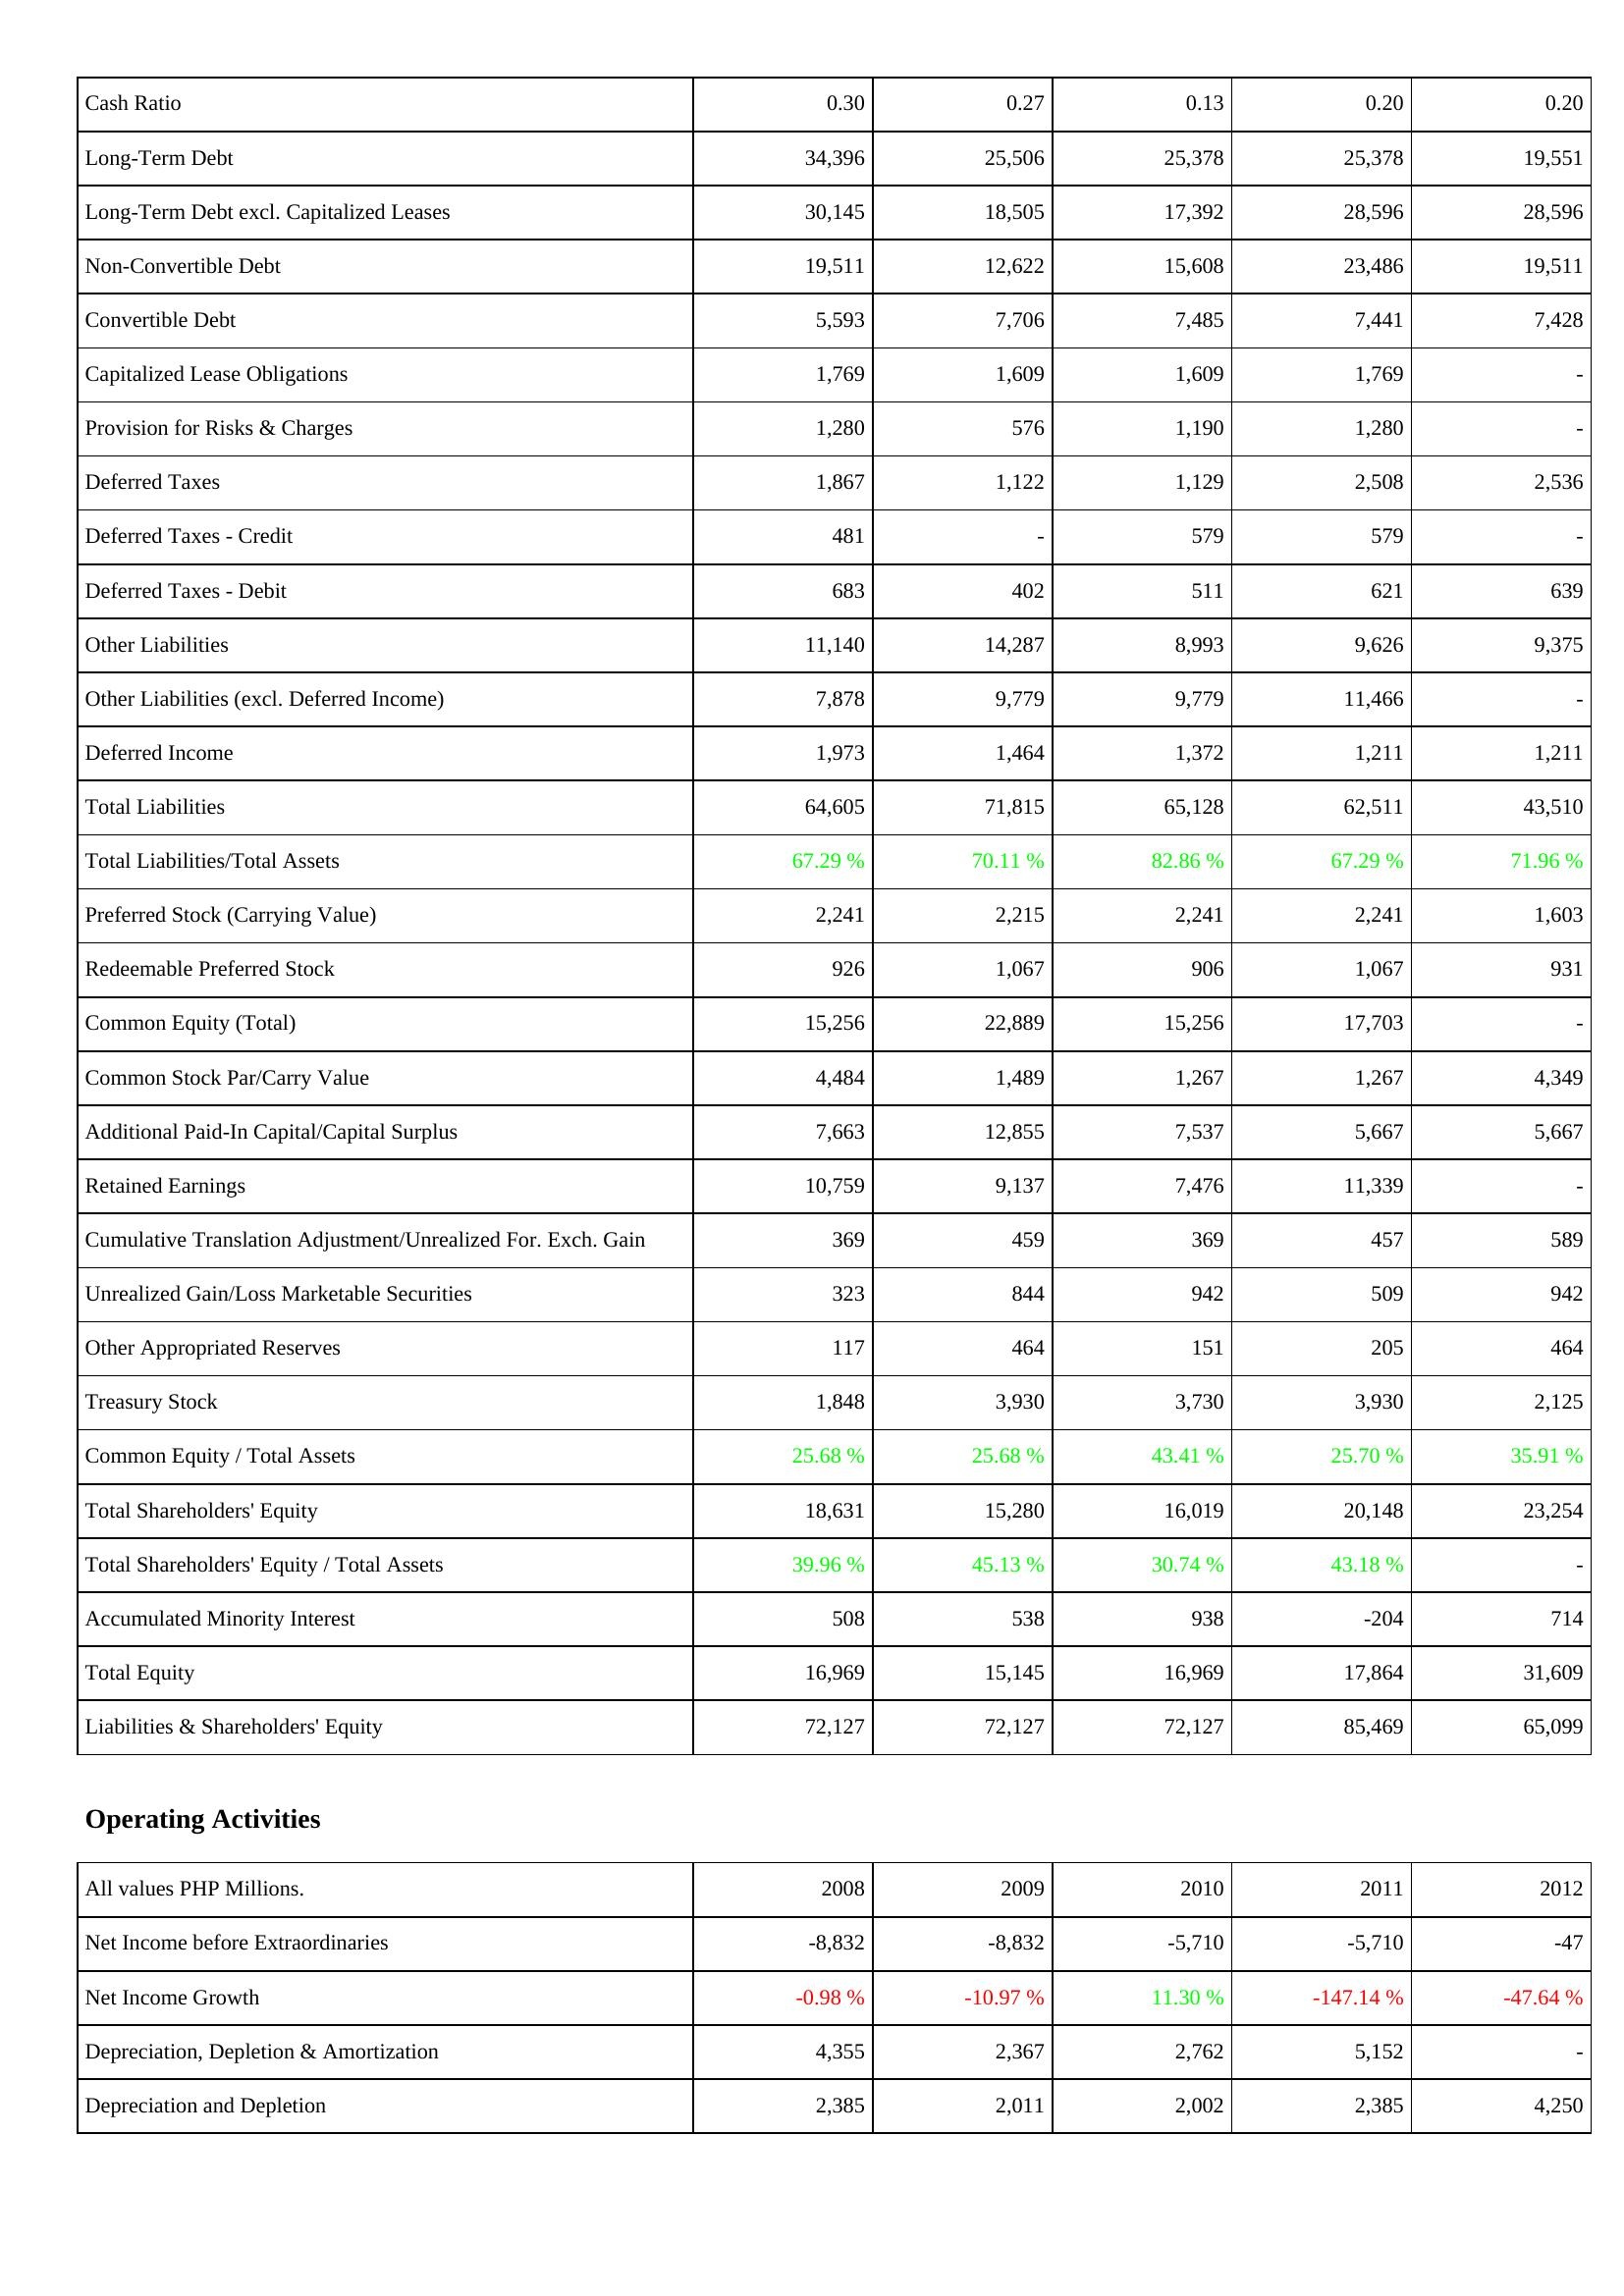
2008: Liabilities & Shareholders' Equity: Cash Ratio: 0.30
Long-Term Debt: 34,396
Long-Term Debt excl. Capitalized Leases: 30,145
Non-Convertible Debt: 19,511
Convertible Debt: 5,593
Capitalized Lease Obligations: 1,769
Provision for Risks & Charges: 1,280
Deferred Taxes: 1,867
Deferred Taxes - Credit: 481
Deferred Taxes - Debit: 683
Other Liabilities: 11,140
Other Liabilities (excl. Deferred Income): 7,878
Deferred Income: 1,973
Total Liabilities: 64,605
Total Liabilities/Total Assets: 67.29 %
Preferred Stock (Carrying Value): 2,241
Redeemable Preferred Stock: 926
Common Equity (Total): 15,256
Common Stock Par/Carry Value: 4,484
Additional Paid-In Capital/Capital Surplus: 7,663
Retained Earnings: 10,759
Cumulative Translation Adjustment/Unrealized For. Exch. Gain: 369
Unrealized Gain/Loss Marketable Securities: 323
Other Appropriated Reserves: 117
Treasury Stock: 1,848
Common Equity / Total Assets: 25.68 %
Total Shareholders' Equity: 18,631
Total Shareholders' Equity / Total Assets: 39.96 %
Accumulated Minority Interest: 508
Total Equity: 16,969
Liabilities & Shareholders' Equity: 72,127
Operating Activities: Net Income before Extraordinaries: -8,832
Net Income Growth: -0.98 %
Depreciation, Depletion & Amortization: 4,355
Depreciation and Depletion: 2,385
2009: Liabilities & Shareholders' Equity: Cash Ratio: 0.27
Long-Term Debt: 25,506
Long-Term Debt excl. Capitalized Leases: 18,505
Non-Convertible Debt: 12,622
Convertible Debt: 7,706
Capitalized Lease Obligations: 1,609
Provision for Risks & Charges: 576
Deferred Taxes: 1,122
Deferred Taxes - Credit: -
Deferred Taxes - Debit: 402
Other Liabilities: 14,287
Other Liabilities (excl. Deferred Income): 9,779
Deferred Income: 1,464
Total Liabilities: 71,815
Total Liabilities/Total Assets: 70.11 %
Preferred Stock (Carrying Value): 2,215
Redeemable Preferred Stock: 1,067
Common Equity (Total): 22,889
Common Stock Par/Carry Value: 1,489
Additional Paid-In Capital/Capital Surplus: 12,855
Retained Earnings: 9,137
Cumulative Translation Adjustment/Unrealized For. Exch. Gain: 459
Unrealized Gain/Loss Marketable Securities: 844
Other Appropriated Reserves: 464
Treasury Stock: 3,930
Common Equity / Total Assets: 25.68 %
Total Shareholders' Equity: 15,280
Total Shareholders' Equity / Total Assets: 45.13 %
Accumulated Minority Interest: 538
Total Equity: 15,145
Liabilities & Shareholders' Equity: 72,127
Operating Activities: Net Income before Extraordinaries: -8,832
Net Income Growth: -10.97 %
Depreciation, Depletion & Amortization: 2,367
Depreciation and Depletion: 2,011
2010: Liabilities & Shareholders' Equity: Cash Ratio: 0.13
Long-Term Debt: 25,378
Long-Term Debt excl. Capitalized Leases: 17,392
Non-Convertible Debt: 15,608
Convertible Debt: 7,485
Capitalized Lease Obligations: 1,609
Provision for Risks & Charges: 1,190
Deferred Taxes: 1,129
Deferred Taxes - Credit: 579
Deferred Taxes - Debit: 511
Other Liabilities: 8,993
Other Liabilities (excl. Deferred Income): 9,779
Deferred Income: 1,372
Total Liabilities: 65,128
Total Liabilities/Total Assets: 82.86 %
Preferred Stock (Carrying Value): 2,241
Redeemable Preferred Stock: 906
Common Equity (Total): 15,256
Common Stock Par/Carry Value: 1,267
Additional Paid-In Capital/Capital Surplus: 7,537
Retained Earnings: 7,476
Cumulative Translation Adjustment/Unrealized For. Exch. Gain: 369
Unrealized Gain/Loss Marketable Securities: 942
Other Appropriated Reserves: 151
Treasury Stock: 3,730
Common Equity / Total Assets: 43.41 %
Total Shareholders' Equity: 16,019
Total Shareholders' Equity / Total Assets: 30.74 %
Accumulated Minority Interest: 938
Total Equity: 16,969
Liabilities & Shareholders' Equity: 72,127
Operating Activities: Net Income before Extraordinaries: -5,710
Net Income Growth: 11.30 %
Depreciation, Depletion & Amortization: 2,762
Depreciation and Depletion: 2,002
2011: Liabilities & Shareholders' Equity: Cash Ratio: 0.20
Long-Term Debt: 25,378
Long-Term Debt excl. Capitalized Leases: 28,596
Non-Convertible Debt: 23,486
Convertible Debt: 7,441
Capitalized Lease Obligations: 1,769
Provision for Risks & Charges: 1,280
Deferred Taxes: 2,508
Deferred Taxes - Credit: 579
Deferred Taxes - Debit: 621
Other Liabilities: 9,626
Other Liabilities (excl. Deferred Income): 11,466
Deferred Income: 1,211
Total Liabilities: 62,511
Total Liabilities/Total Assets: 67.29 %
Preferred Stock (Carrying Value): 2,241
Redeemable Preferred Stock: 1,067
Common Equity (Total): 17,703
Common Stock Par/Carry Value: 1,267
Additional Paid-In Capital/Capital Surplus: 5,667
Retained Earnings: 11,339
Cumulative Translation Adjustment/Unrealized For. Exch. Gain: 457
Unrealized Gain/Loss Marketable Securities: 509
Other Appropriated Reserves: 205
Treasury Stock: 3,930
Common Equity / Total Assets: 25.70 %
Total Shareholders' Equity: 20,148
Total Shareholders' Equity / Total Assets: 43.18 %
Accumulated Minority Interest: -204
Total Equity: 17,864
Liabilities & Shareholders' Equity: 85,469
Operating Activities: Net Income before Extraordinaries: -5,710
Net Income Growth: -147.14 %
Depreciation, Depletion & Amortization: 5,152
Depreciation and Depletion: 2,385
2012: Liabilities & Shareholders' Equity: Cash Ratio: 0.20
Long-Term Debt: 19,551
Long-Term Debt excl. Capitalized Leases: 28,596
Non-Convertible Debt: 19,511
Convertible Debt: 7,428
Capitalized Lease Obligations: -
Provision for Risks & Charges: -
Deferred Taxes: 2,536
Deferred Taxes - Credit: -
Deferred Taxes - Debit: 639
Other Liabilities: 9,375
Other Liabilities (excl. Deferred Income): -
Deferred Income: 1,211
Total Liabilities: 43,510
Total Liabilities/Total Assets: 71.96 %
Preferred Stock (Carrying Value): 1,603
Redeemable Preferred Stock: 931
Common Equity (Total): -
Common Stock Par/Carry Value: 4,349
Additional Paid-In Capital/Capital Surplus: 5,667
Retained Earnings: -
Cumulative Translation Adjustment/Unrealized For. Exch. Gain: 589
Unrealized Gain/Loss Marketable Securities: 942
Other Appropriated Reserves: 464
Treasury Stock: 2,125
Common Equity / Total Assets: 35.91 %
Total Shareholders' Equity: 23,254
Total Shareholders' Equity / Total Assets: -
Accumulated Minority Interest: 714
Total Equity: 31,609
Liabilities & Shareholders' Equity: 65,099
Operating Activities: Net Income before Extraordinaries: -47
Net Income Growth: -47.64 %
Depreciation, Depletion & Amortization: -
Depreciation and Depletion: 4,250